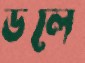
ডলে